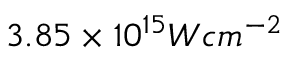
3 . 8 5 \times 1 0 ^ { 1 5 } W c m ^ { - 2 }